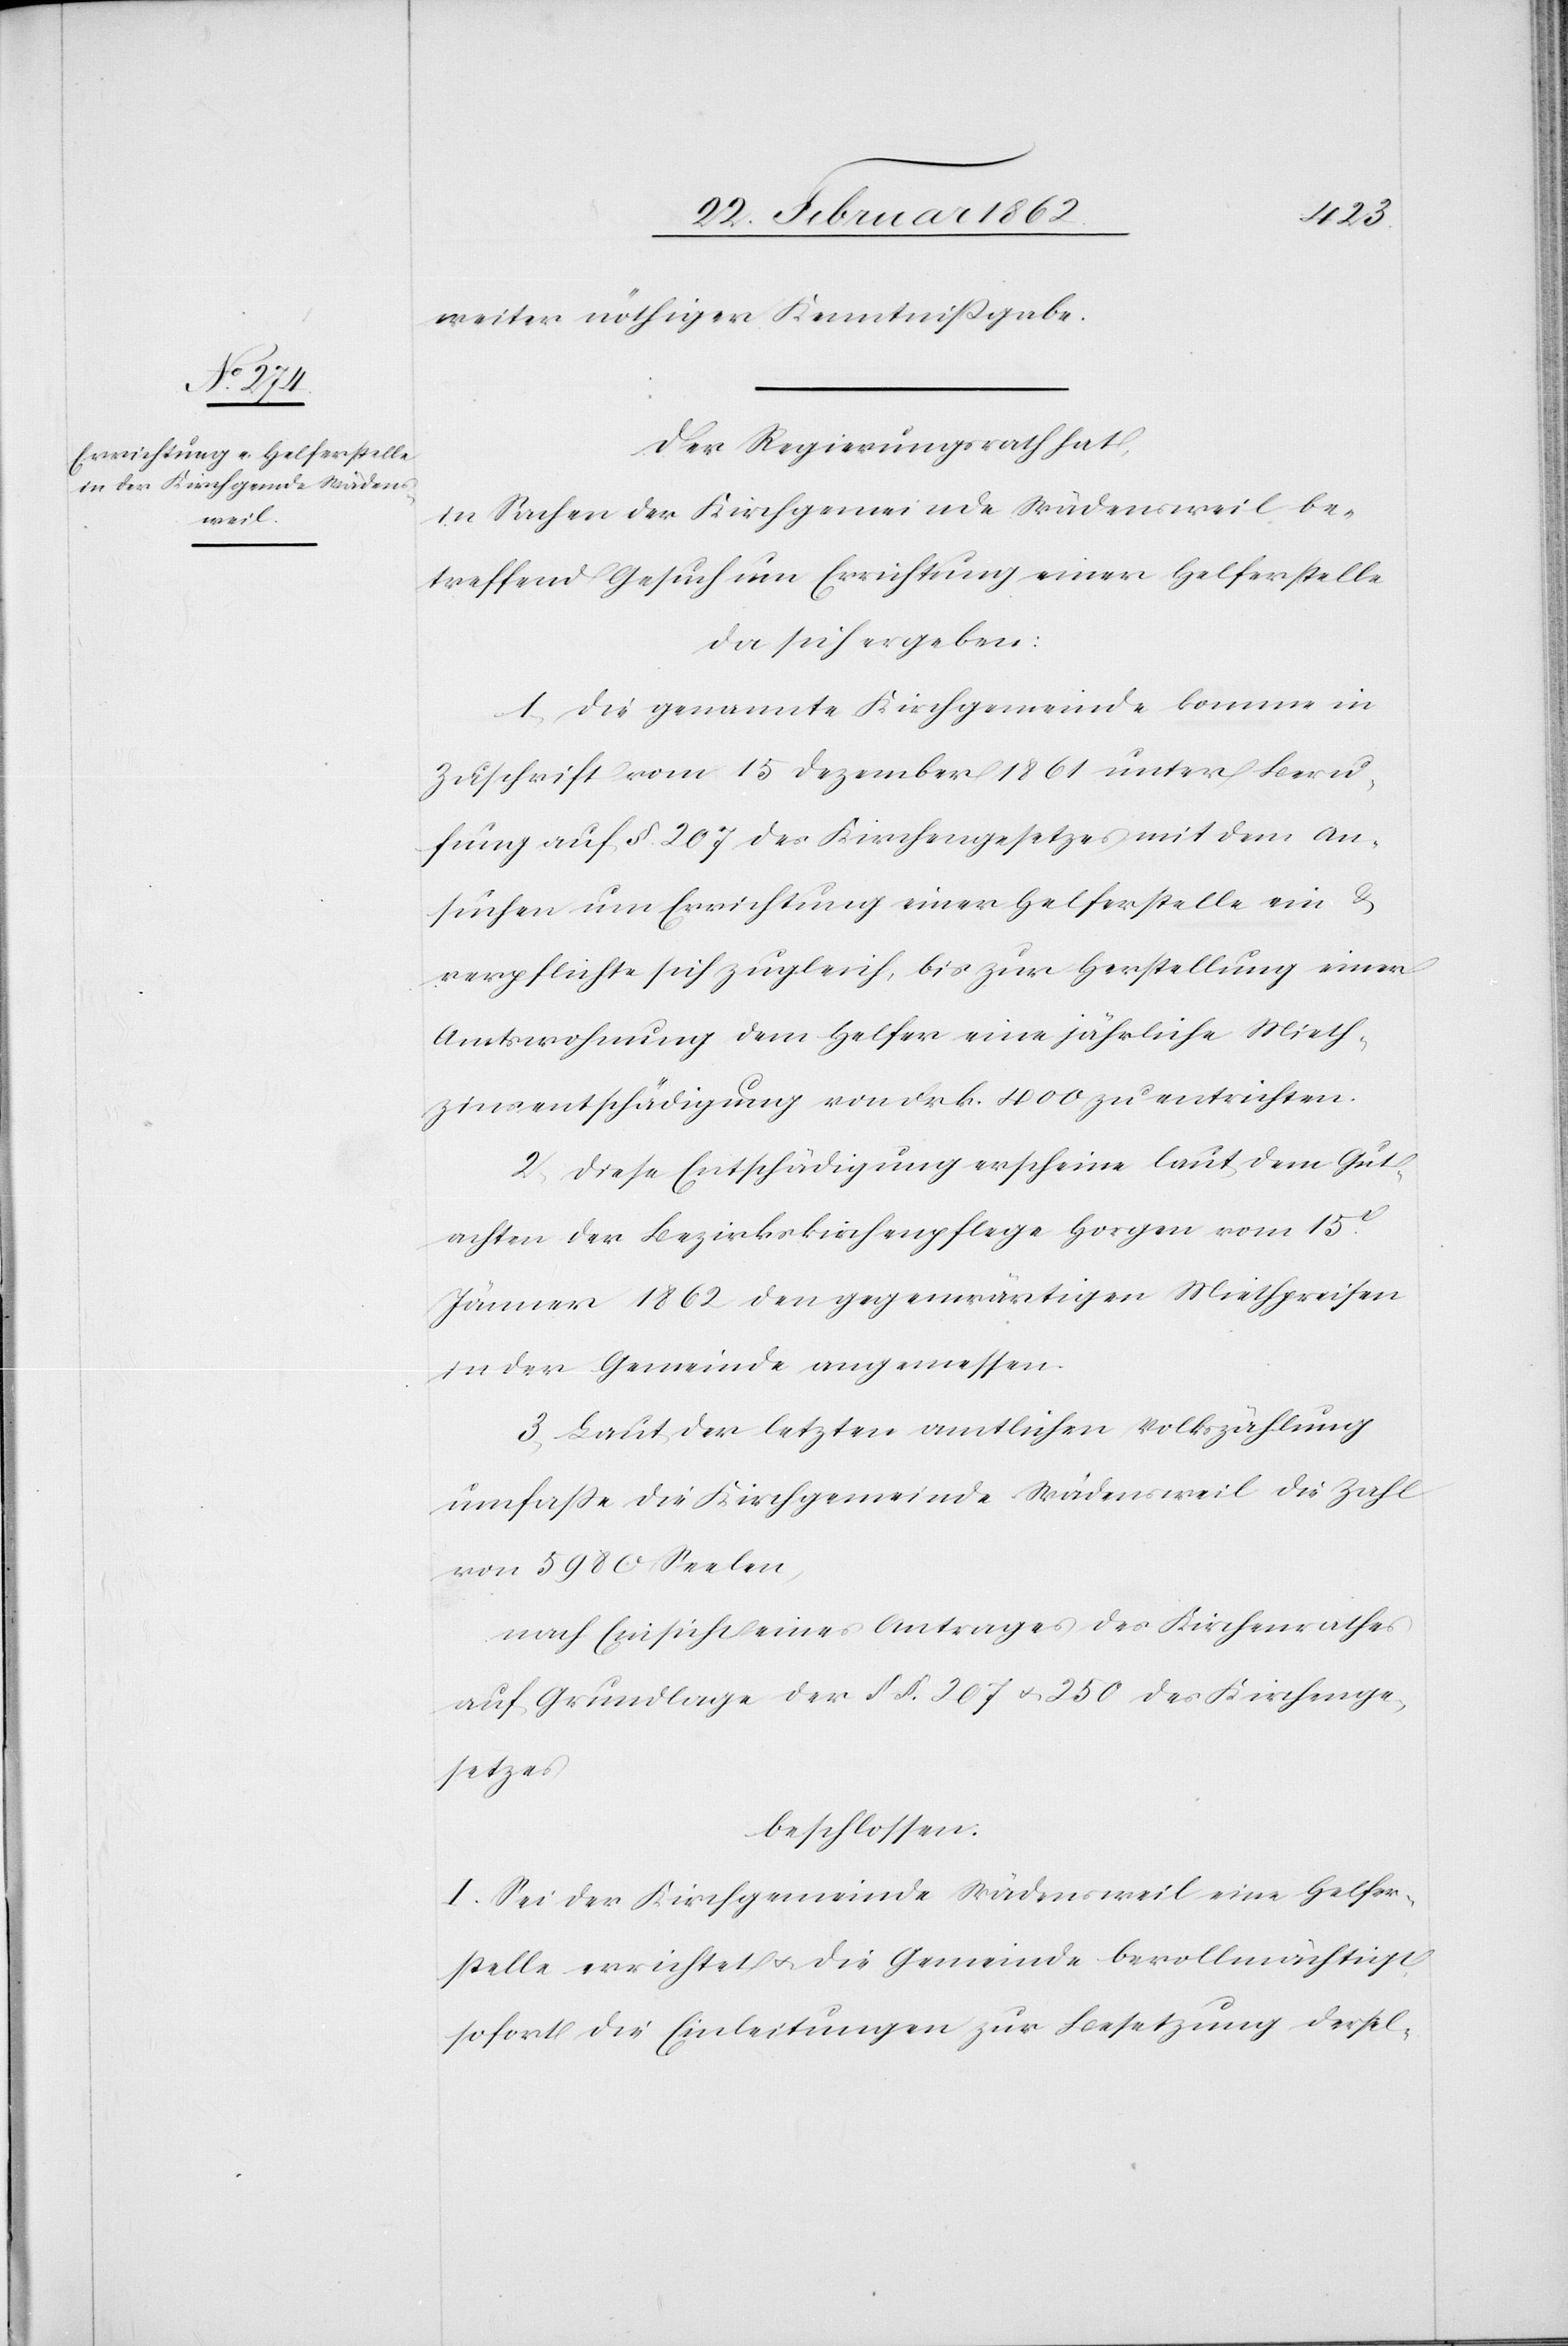
weiter nöthiger Kenntnißgabe.
Der Regierungsrath hat,
in Sachen der Kirchgemeinde Wädensweil be¬
treffend Gesuch um Errichtung einer Helferstelle,
da sich ergeben:
1) Die genannte Kirchgemeinde komme in
Zuschrift vom 15 Dezember 1861 unter Beru¬
fung auf §. 207 des Kirchengesetzes mit dem An¬
suchen um Errichtung einer Helferstelle ein &
verpflichte sich zugleich, bis zur Herstellung einer
Amtswohnung dem Helfer eine jährliche Mieth¬
zinsentschädigung von Frk. 400 zu entrichten.
2) Diese Entschädigung erscheine laut dem Gut¬
achten der Bezirkskirchenpflege Horgen vom 15t
Januar 1862 den gegenwärtigen Miethpreisen
in der Gemeinde angemessen.
3) Laut der letzten amtlichen Volkszählung
umfaße die Kirchgemeinde Wädensweil die Zahl
von 5980 Seelen,
nach Einsicht eines Antrages des Kirchenrathes
auf Grundlage der § §. 207 u. 250 des Kirchenge¬
setzes
beschlossen:
I. Sei der Kirchgemeinde Wädensweil eine Helfer¬
stelle errichtet u. die Gemeinde bevollmächtigt,
sofort die Einleitungen zur Besetzung dersel-